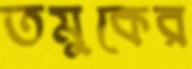
তমুকের